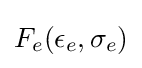
F_{e}(\epsilon _{e},\sigma _{e})